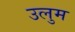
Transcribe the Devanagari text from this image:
उलुम